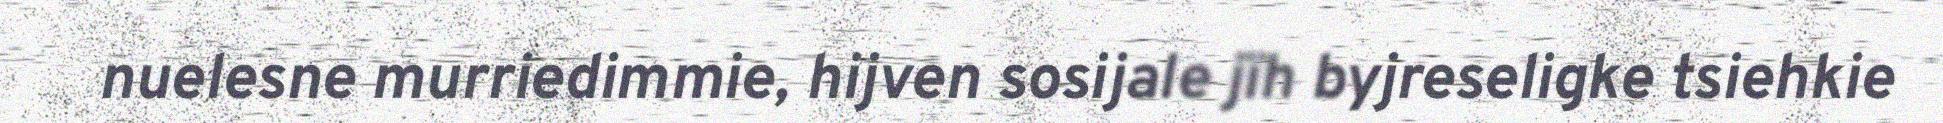
nuelesne murriedimmie, hijven sosijale jïh byjreseligke tsiehkie